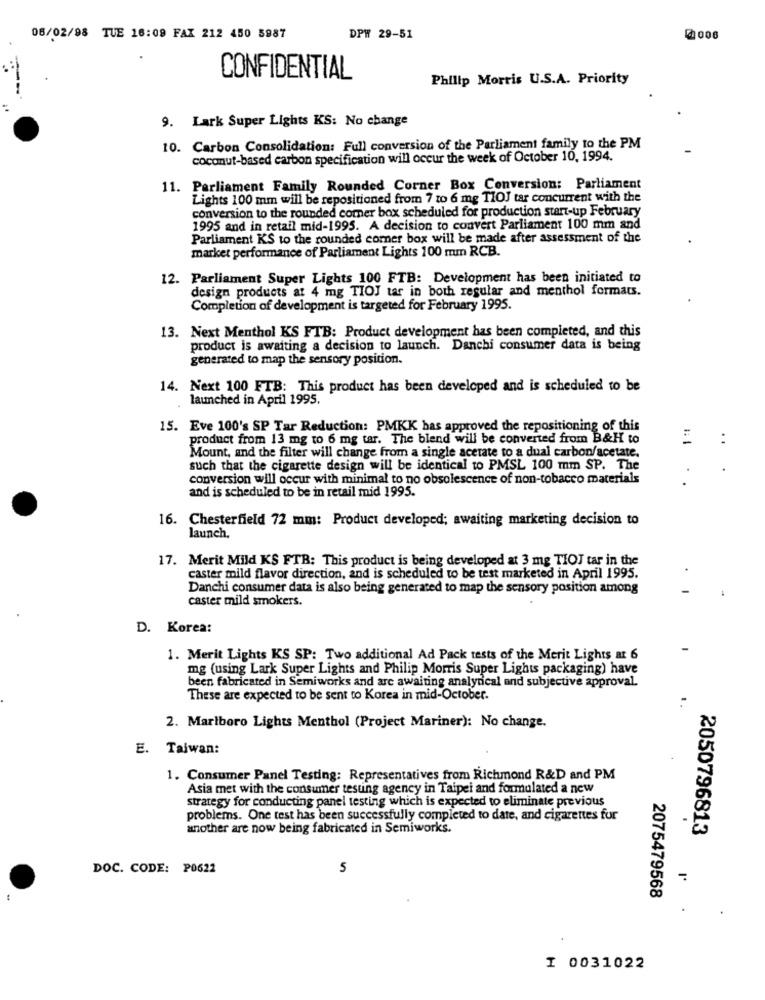
06/02/98 TUE 16:09 FAX 212 450 5987
DPW 29-51
@ 006
CONFIDENTIAL
Philip Morris U.S.A. Priority
9. Lark Super Lights KS: No change
10. Carbon Consolidation: Full conversion of the Parliament family to the PM
coconut-based carbon specification will occur the week of October 10, 1994.
11. Parliament Family Rounded Corner Box Conversion: Parliament
Lights 100 mm will be repositioned from 7 to 6 mg TIOJ tar concurrent with the
conversion to the rounded comer box scheduled for production start-up February
1995 and in retail mid-1995. A decision to convert Parliament 100 mm and
Parliament KS to the rounded comer box will be made after assessment of the
market performance of Parliament Lights 100 mm RCB.
12. Parliament Super Lights 100 FTB: Development has been initiated to
design products at 4 mg TIOJ tar in both regular and menthol formats.
Completion of development is targeted for February 1995.
13. Next Menthol KS FTB: Product development has been completed, and this
product is awaiting a decision to launch. Danchi consumer data is being
generated to map the sensory position.
14. Next 100 FTB: This product has been developed and is scheduled to be
launched in April 1995.
15. Eve 100's SP Tar Reduction: PMKK has approved the repositioning of this
product from 13 mg to 6 mg tar. The blend will be converted from B&H to
..
Mount, and the filter will change from a single acetate to a dual carbon/acetate.
such that the cigarette design will be identical to PMSL 100 mm SP. The
conversion will occur with minimal to no obsolescence of non-tobacco materials
and is scheduled to be in retail mid 1995.
16. Chesterfield 72 mm: Product developed; awaiting marketing decision to
launch.
17. Merit Mild KS FTB: This product is being developed at 3 mg TIOT tar in the
caster mild flavor direction, and is scheduled to be test marketed in April 1995.
Danchi consumer data is also being generated to map the sensory position among
caster mild smokers.
D. Korea:
1. Merit Lights KS SP: Two additional Ad Pack tests of the Merit Lights at 6
mg (using Lark Super Lights and Philip Morris Super Lights packaging) have
been fabricated in Semiworks and are awaiting analytical and subjective approval.
These are expected to be sent to Korea in mid-October.
2. Marlboro Lights Menthol (Project Mariner): No change.
E. Taiwan:
1. Consumer Panel Testing: Representatives from Richmond R&D and PM
Asia met with the consumer testing agency in Taipei and formulated a new
strategy for conducting panel testing which is expected to eliminate previous
problems. One test has been successfully completed to date, and cigarettes for
another are now being fabricated in Semiworks.
2050796813
DOC. CODE: P0622
5
2075479568
I 0031022